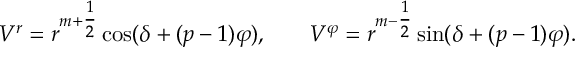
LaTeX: \begin{array} { c c c } { { V ^ { r } = r ^ { m + { \textstyle { \frac { 1 } { 2 } } } } \cos ( \delta + ( p - 1 ) \varphi ) , } } & { { } } & { { V ^ { \varphi } = r ^ { m - { \textstyle { \frac { 1 } { 2 } } } } \sin ( \delta + ( p - 1 ) \varphi ) . } } \end{array}